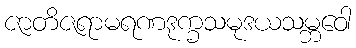
ဇာတိဇရာမရဏဒုက္ခသမုဒယသမ္ဘဝေါ